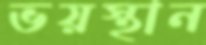
ভয়স্থান